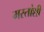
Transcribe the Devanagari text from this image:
मस्तांशी